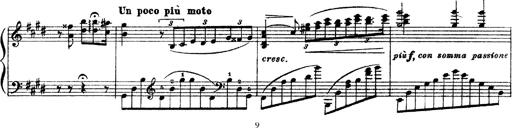
Title: 3 sonetti di Petrarca
Composer: Franz Liszt